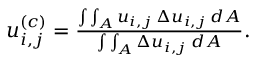
\begin{array} { r } { u _ { i , j } ^ { ( c ) } = \frac { \int \int _ { A } u _ { i , j } \: \Delta u _ { i , j } \: d A } { \int \int _ { A } \Delta u _ { i , j } \: d A } . } \end{array}